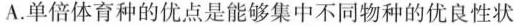
A.单倍体育种的优点是能够集中不同物种的优良性状